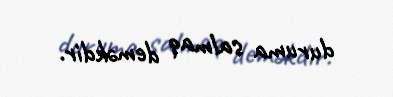
duruma salmaq deməkdir.